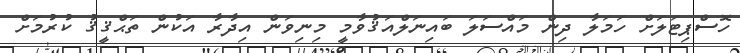
ހޮސްޕިޓަލަށް ހަމަލާ ދިން މައްސަލަ ބައިނަލްއަޤުވާމީ މިނިވަން އިދާރާ އަކުން ތަޙްޤީޤު ކުރުމަށް